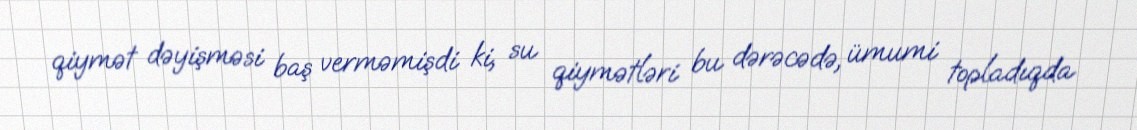
qiymət dəyişməsi baş verməmişdi ki, su qiymətləri bu dərəcədə, ümumi topladıqda